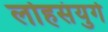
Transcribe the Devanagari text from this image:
लोहसंयुगे